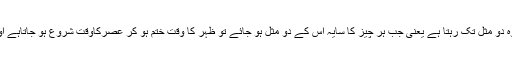
| ظہر کی نماز کے وقت کے بارے میں امام ابو حنیفہؒ کی رائے یہ تھی کہ وہ دو مثل تک رہتا ہے یعنی جب ہر چیز کا سایہ اس کے دو مثل ہو جائے تو ظہر کا وقت ختم ہو کر عصرکاوقت شروع ہو جاتاہے اور ان کے مقلدین میں سے عام لوگوں نے بھی یہی رائے اختیار کی ہوئی ہے۔